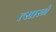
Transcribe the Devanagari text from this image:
त्सारने